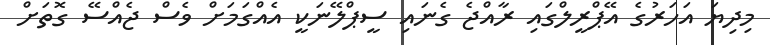
މިދިޔަ އަހަރުގެ އޭޕްރީލްގައި ރާއްޖެ ގެނައި ސީޕްލޭނަކީ އެއްގަމަށް ވެސް ޖެއްްސޭ ގޮތަށް